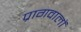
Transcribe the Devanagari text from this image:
प्रागवालों